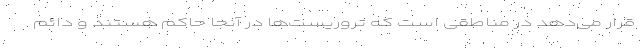
قرار می‌دهد در مناطقی است که تروریست‌ها در آنجا حاکم هستند و دائم